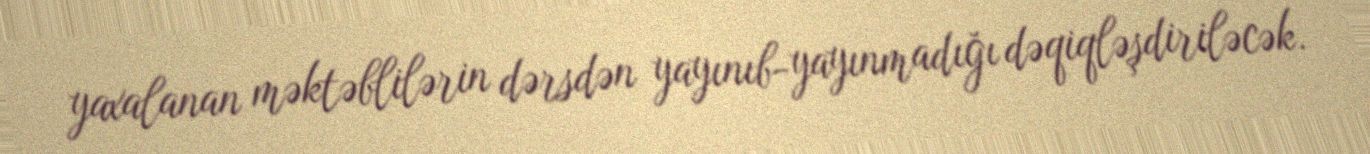
yaxalanan məktəblilərin dərsdən yayınıb-yayınmadığı dəqiqləşdiriləcək.